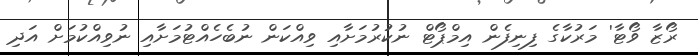
ރޯޒާ ވޯޓާ' މަރުކާގެ ފިނިފެން އިމްޕޯޓް ނުކުރުމަށާއި ވިއްކަން ނުބެހެއްޓުމަށާއި ނުވިއްކުމަށް އަދި